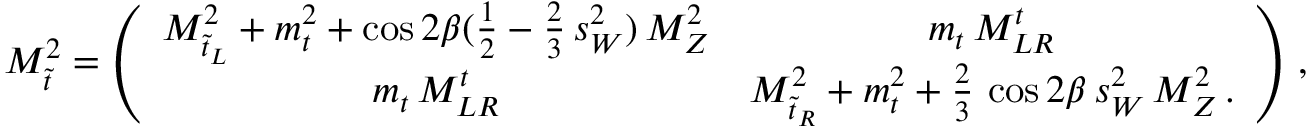
{ \cal M } _ { \tilde { t } } ^ { 2 } = \left( \begin{array} { c c } { { M _ { \tilde { t } _ { L } } ^ { 2 } + m _ { t } ^ { 2 } + \cos { 2 \beta } ( { \frac { 1 } { 2 } } - { \frac { 2 } { 3 } } \, s _ { W } ^ { 2 } ) \, M _ { Z } ^ { 2 } } } & { { m _ { t } \, M _ { L R } ^ { t } } } \\ { { m _ { t } \, M _ { L R } ^ { t } } } & { { M _ { \tilde { t } _ { R } } ^ { 2 } + m _ { t } ^ { 2 } + { \frac { 2 } { 3 } } \, \cos { 2 \beta } \, s _ { W } ^ { 2 } \, M _ { Z } ^ { 2 } \, . } } \end{array} \right) \, ,